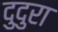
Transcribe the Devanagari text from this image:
दुदुरा